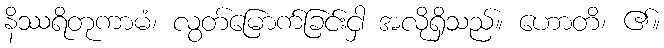
နိဿရိတုကာမံ၊ လွတ်မြောက်ခြင်းငှါ အလိုရှိသည်။ ဟောတိ၊ ၏။